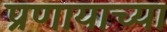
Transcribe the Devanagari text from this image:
प्रणायाच्या